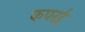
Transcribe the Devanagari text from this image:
कपरई